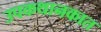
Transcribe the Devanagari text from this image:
उपकथानकात